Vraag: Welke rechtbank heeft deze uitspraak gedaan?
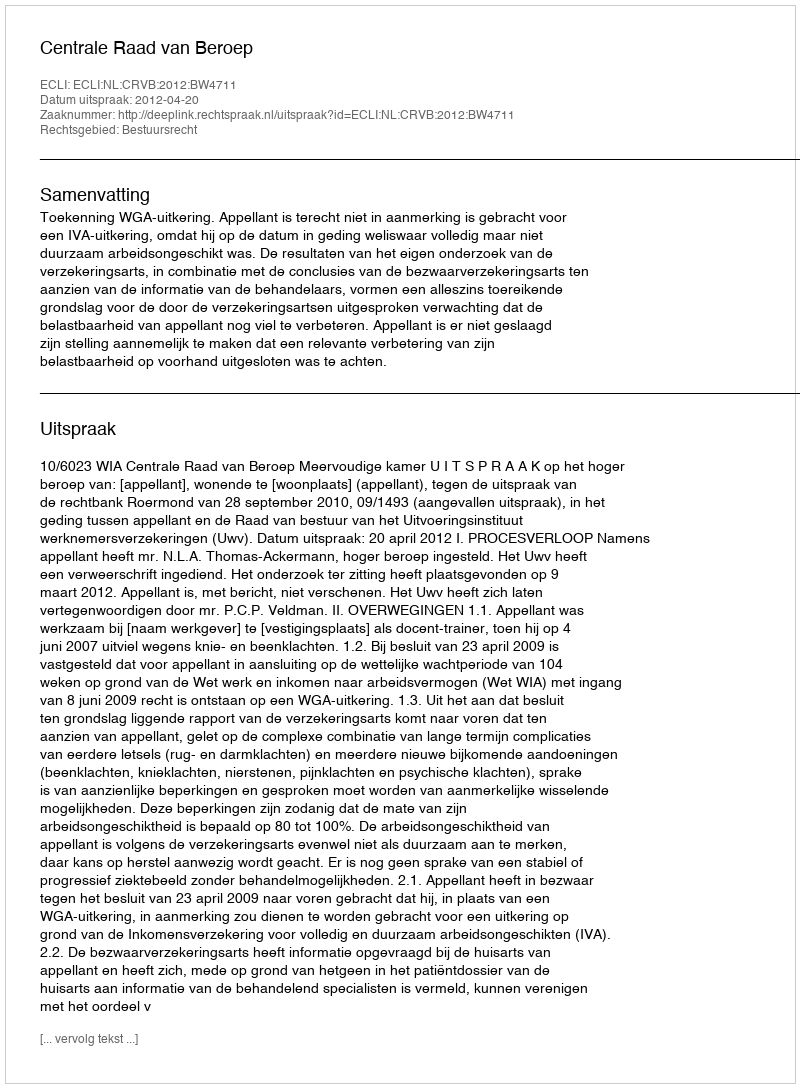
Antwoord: Centrale Raad van Beroep